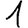
Digit: 1